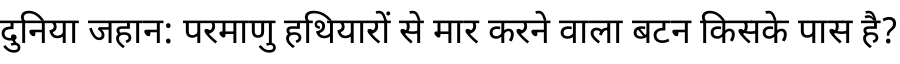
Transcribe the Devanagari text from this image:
दुनिया जहान: परमाणु हथियारों से मार करने वाला बटन किसके पास है?